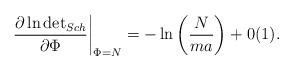
LaTeX: \begin{align*}\left. \frac{\partial \ln \mbox{det}_{{Sch}}}{\partial \Phi}\right|_{\Phi = N} = -\ln \left( \displaystyle\frac{N}{ma} \right) +0(1).\end{align*}